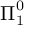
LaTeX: { \boldsymbol { \Pi } } _ { 1 } ^ { 0 }